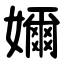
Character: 嬭